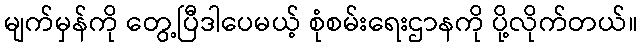
မျက်မှန်ကို တွေ့ပြီဒါပေမယ့် စုံစမ်းရေးဌာနကို ပို့လိုက်တယ်။